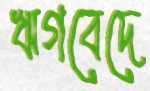
ঋগবেদে